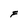
Character: F